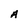
Character: A